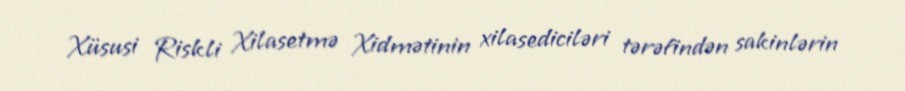
Xüsusi Riskli Xilasetmə Xidmətinin xilasediciləri tərəfindən sakinlərin